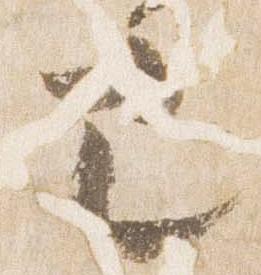
也